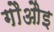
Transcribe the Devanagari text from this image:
गौऔइ